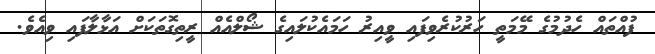
ފުއްތައް ހެދުމުގެ މޭމަތީ ހަރުކުރެވިފައި ވީއިރު ހަމައެކުލައިގެ ޝޯލްއެއް ރީތިގޮތަކަށް އަޅާލާފައި ވިއެވެ.